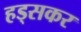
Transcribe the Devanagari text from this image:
हड्सकर